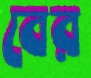
বের